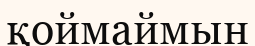
қоймаймын